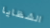
الشظايا